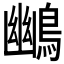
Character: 𪃨